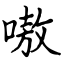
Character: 嗷